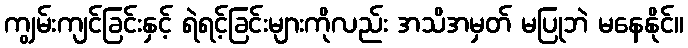
ကျွမ်းကျင်ခြင်းနှင့် ရဲရင့်ခြင်းများကိုလည်း အသိအမှတ် မပြုဘဲ မနေနိုင်။